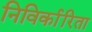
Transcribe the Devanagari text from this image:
निविर्कारिता